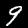
Label: 9